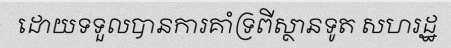
ដោយទទួលបានការគាំទ្រពីស្ថានទូត សហរដ្ឋ